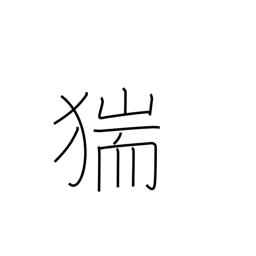
Meaning: wild boar